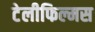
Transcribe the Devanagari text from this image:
टेलीफिल्मस